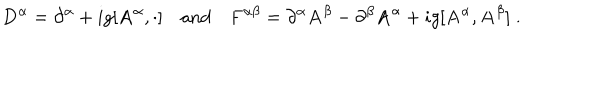
LaTeX: { \bf D } ^ { \alpha } = \partial ^ { \alpha } + i g [ { \bf A } ^ { \alpha } , \cdot ] \quad \mathrm { { a n d } } \quad { \bf F } ^ { \alpha \beta } = \partial ^ { \alpha } { \bf A } ^ { \beta } - \partial ^ { \beta } { \bf A } ^ { \alpha } + i g [ { \bf A } ^ { \alpha } , { \bf A } ^ { \beta } ] \; .